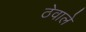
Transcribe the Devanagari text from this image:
ठेवाले